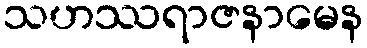
သဟဿရာဇနာမေန